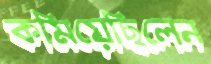
কমিয়েছিলেন